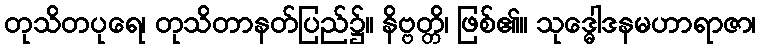
တုသိတပုရေ၊ တုသိတာနတ်ပြည်၌။ နိဗ္ဗတ္တိ၊ ဖြစ်၏။ သုဒ္ဓေါဒနမဟာရာဇာ၊